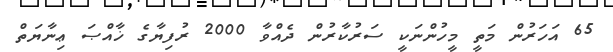
65 އަހަރުން މަތީ މީހުންނަކީ ސަރުކާރުން ދެއްވާ 2000 ރުފިޔާގެ ޚާއްޞަ ޢިނާޔަތް